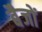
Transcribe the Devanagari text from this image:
बैजों